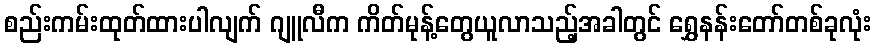
စည်းကမ်းထုတ်ထားပါလျက် ဂျူလီက ကိတ်မုန့်တွေယူလာသည့်အခါတွင် ရွှေနန်းတော်တစ်ခုလုံး